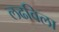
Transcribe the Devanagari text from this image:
लढविला